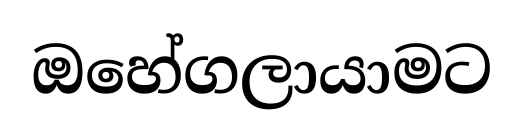
ඔහේගලායාමට